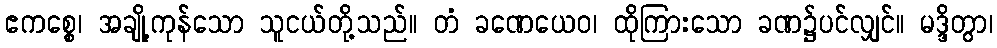
ဧကစ္စေ၊ အချို့ကုန်သော သူငယ်တို့သည်။ တံ ခဏေယေဝ၊ ထိုကြားသော ခဏ၌ပင်လျှင်။ မဒ္ဒိတွာ၊